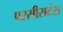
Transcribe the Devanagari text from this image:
परसीसटंस